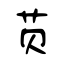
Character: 蒉